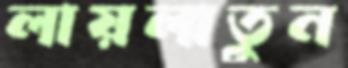
লায়লাতুন